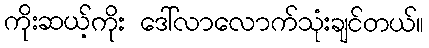
ကိုးဆယ့်ကိုး ဒေါ်လာလောက်သုံးချင်တယ်။